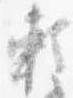
頼